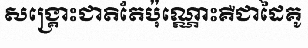
សង្គ្រោះជាតិតែប៉ុណ្ណោះគឺជាដៃគូ